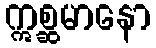
ဣစ္ဆမာနော